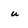
Character: u